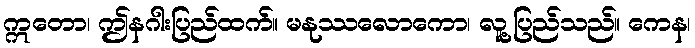
ဣတော၊ ဤနဂါးပြည်ထက်။ မနုဿလောကော၊ လူ့ပြည်သည်။ ကေန၊